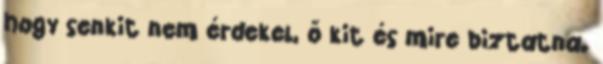
hogy senkit nem érdekel, ő kit és mire biztatna.